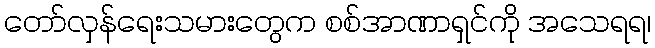
တော်လှန်ရေးသမားတွေက စစ်အာဏာရှင်ကို အသေရရ၊